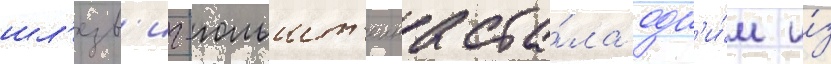
шл'езв'иг-гольшт'еина ста́ла одн'и́м и́з